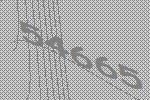
54665